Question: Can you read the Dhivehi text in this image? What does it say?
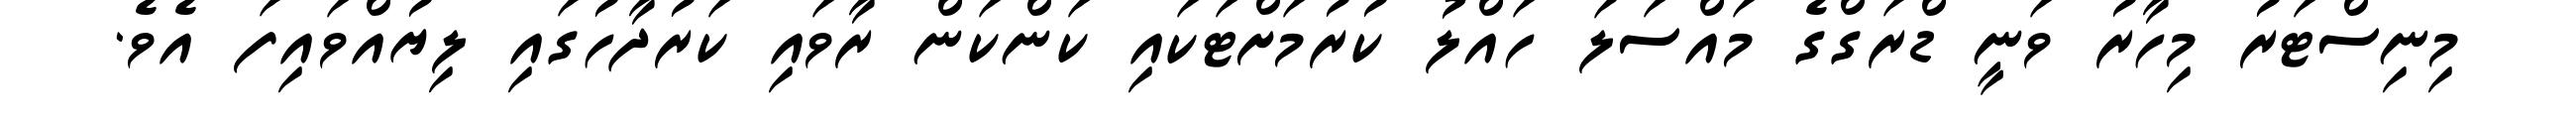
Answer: މިނިސްޓަރު މިހާރު ވަނީ ޑްރަގްގެ މައްސަލަ ހައްލު ކުރުމަށްޓަކައި ކަންކަން ރާވައި ކަރުދާހުގައި ލިޔުއްވައިފަ އެވެ.